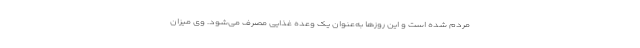
مردم شده است و این روزها به‌عنوان یک وعده غذایی مصرف می‌شود. وی میزان